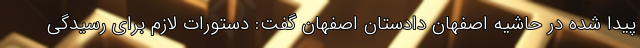
پیدا شده در حاشیه اصفهان دادستان اصفهان گفت: دستورات لازم برای رسیدگی